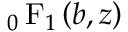
{ \, _ { 0 } \operatorname { F } _ { 1 } } \left( b , z \right)